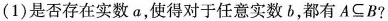
(1)是否存在实数a，使得对于任意实数b，都有A⊆B?